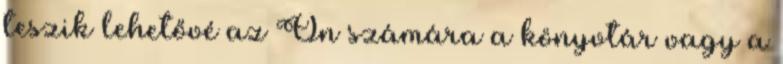
teszik lehetővé az Ön számára a könyvtár vagy a